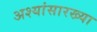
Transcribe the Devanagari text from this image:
अश्यांसारख्या